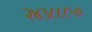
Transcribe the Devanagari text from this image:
२४३८८८५०